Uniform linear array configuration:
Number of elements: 64
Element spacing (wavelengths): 0.25
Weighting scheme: blackman
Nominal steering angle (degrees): -60
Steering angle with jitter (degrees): -60.547
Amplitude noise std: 0.05
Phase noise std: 0.05

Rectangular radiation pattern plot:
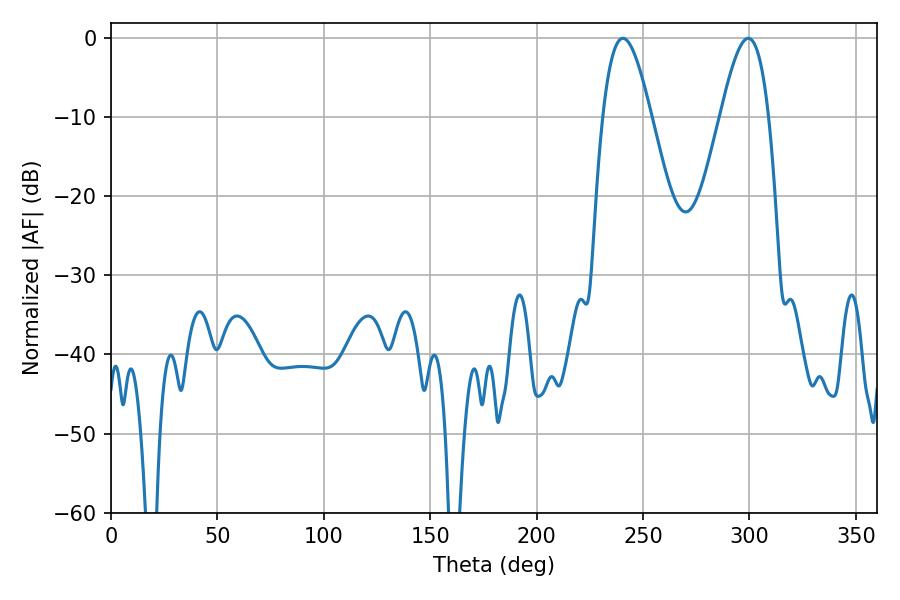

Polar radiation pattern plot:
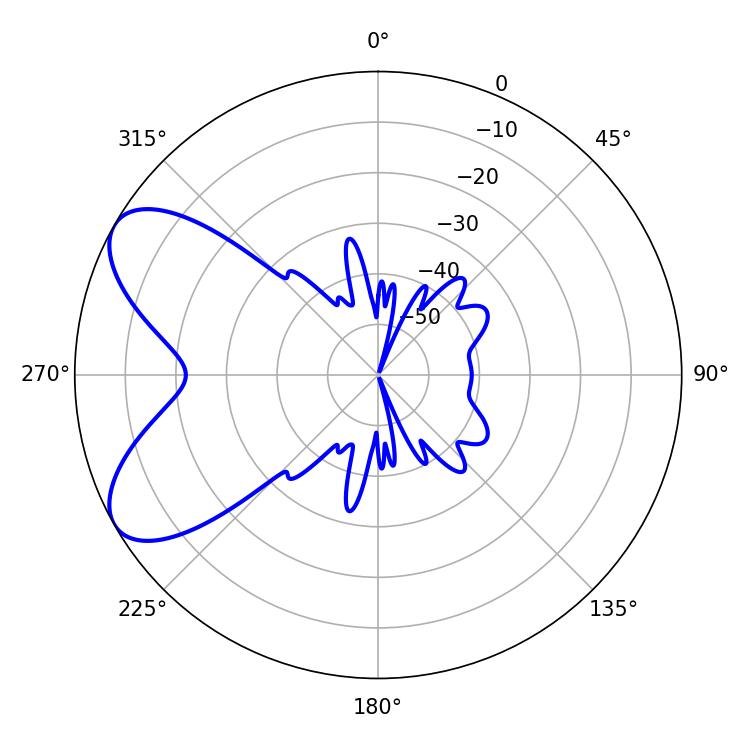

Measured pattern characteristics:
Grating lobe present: FALSE
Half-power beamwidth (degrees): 12.24
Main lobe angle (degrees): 240.48